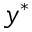
y ^ { * }